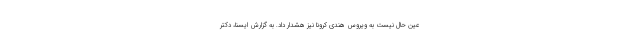
عین حال نیست به ویروس هندی کرونا نیز هشدار داد. به گزارش ایسنا، دکتر